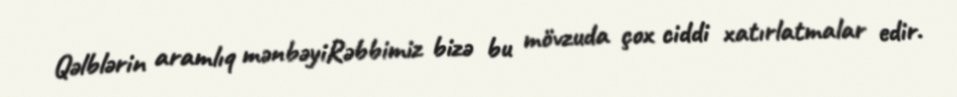
Qəlblərin aramlıq mənbəyiRəbbimiz bizə bu mövzuda çox ciddi xatırlatmalar edir.